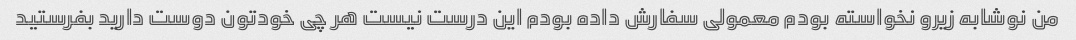
من نوشابه زیرو نخواسته بودم معمولی سفارش داده بودم این درست نیست هر چی خودتون دوست دارید بفرستید